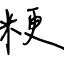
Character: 粳